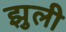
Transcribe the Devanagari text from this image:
झुली